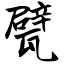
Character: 甓